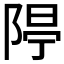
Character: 𨺐